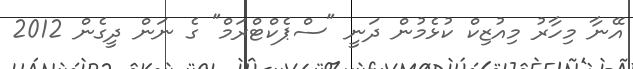
އޭނާ މިހާރު މިއުޒިކް ކުޅެމުން ދަނީ "ސްޕެކްޓްރަމް" ގެ ނަން ދީގެން 2012